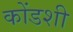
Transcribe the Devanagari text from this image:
कोंडशी